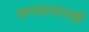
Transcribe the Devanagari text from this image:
कमळासारखी